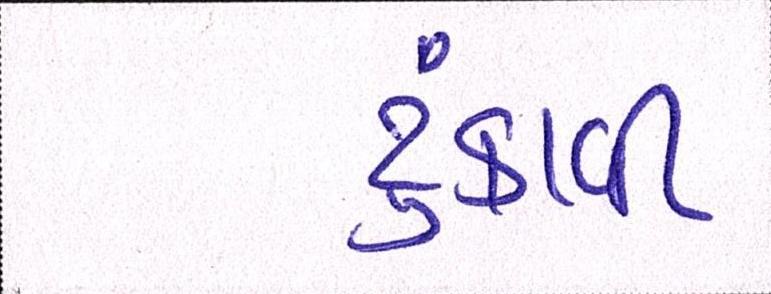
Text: ટુંકાવી